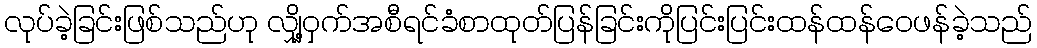
လုပ်ခဲ့ခြင်းဖြစ်သည်ဟု လျှို့ဝှက်အစီရင်ခံစာထုတ်ပြန်ခြင်းကိုပြင်းပြင်းထန်ထန်ဝေဖန်ခဲ့သည်